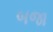
બજા